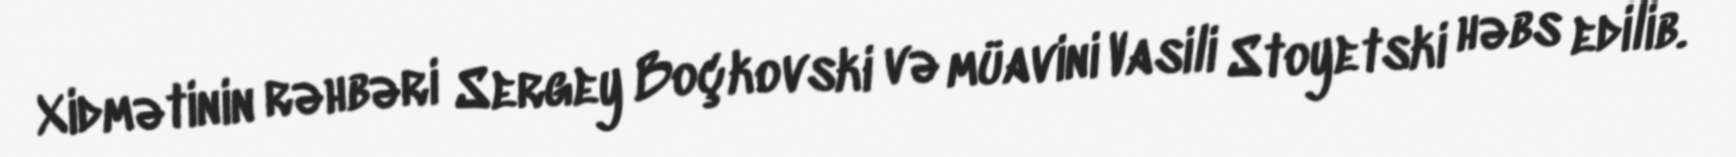
Xidmətinin rəhbəri Sergey Boçkovski və müavini Vasili Stoyetski həbs edilib.